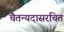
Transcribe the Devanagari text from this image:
चैतन्यदासरचित